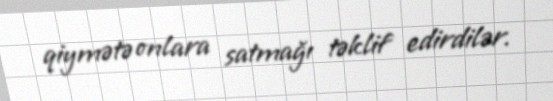
qiymətə onlara satmağı təklif edirdilər.